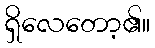
ရှိလေတော့၏။